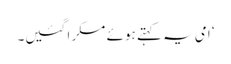
‘ امی یہ کہتے ہوئے مسکرا گئیں۔